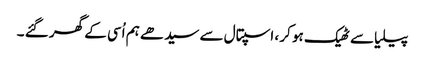
پیلیا سے ٹھیک ہو کر ، اسپتال سے سیدھے ہم اُسی کے گھر گئے ۔